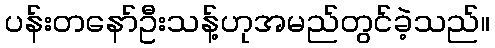
ပန်းတနော်ဦးသန့်ဟုအမည်တွင်ခဲ့သည်။